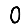
Digit: 0